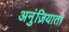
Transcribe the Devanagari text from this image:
अनुंज़ियाता